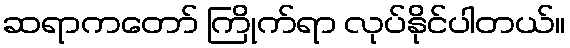
ဆရာကတော် ကြိုက်ရာ လုပ်နိုင်ပါတယ်။